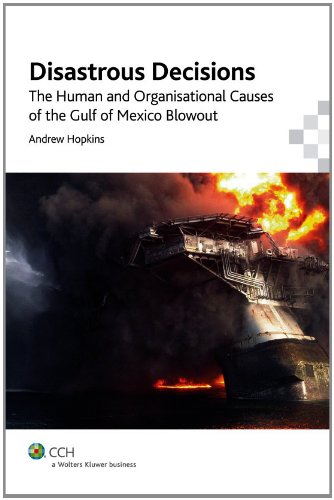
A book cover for Disastrous Decisions: The Human and Organisational Causes of the Gulf of Mexico Blowout; Andrew Hopkins; Business & Money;